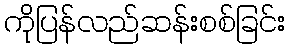
ကိုပြန်လည်ဆန်းစစ်ခြင်း